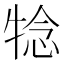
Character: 𤚋